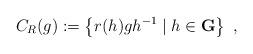
LaTeX: \begin{align*}C_R(g) := \left\{ r(h)gh^{-1} \mid h\in\mathbf{G}\right\}~,\end{align*}